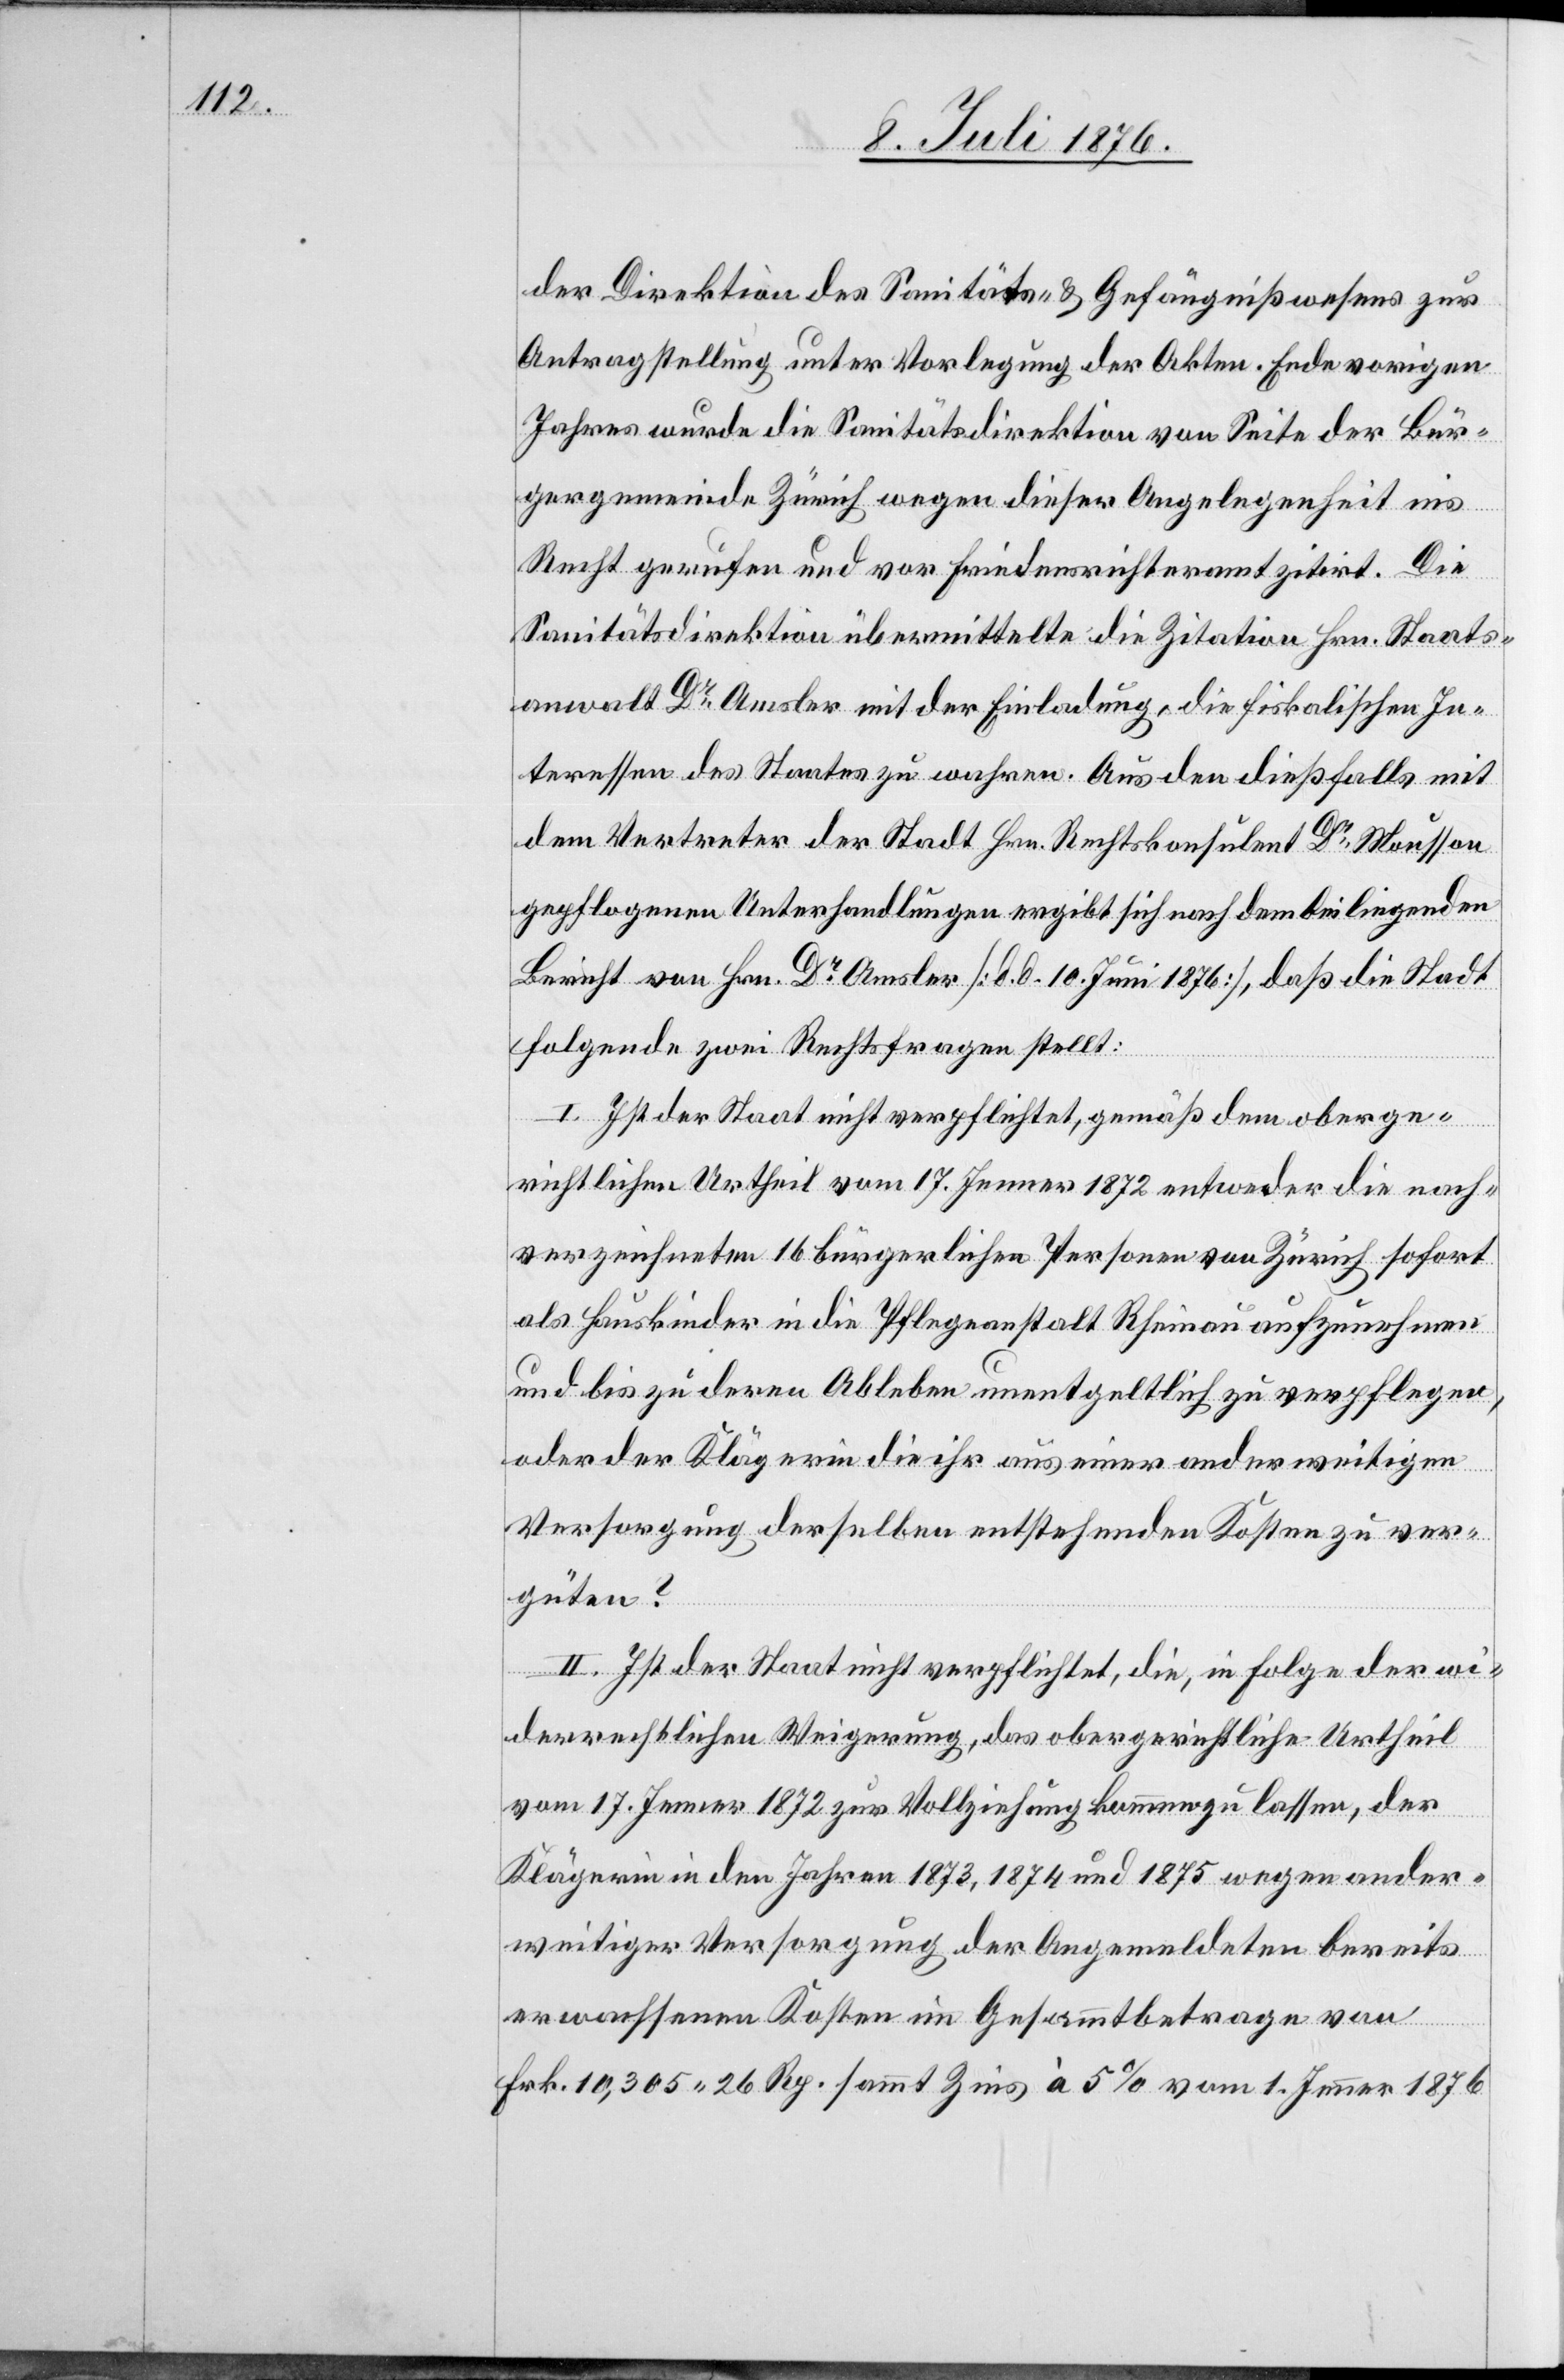
der Direktion des Sanitäts- & Gefängnißwesens zur
Antragstellung unter Vorlegung der Akten. Ende vorigen
Jahres wurde die Sanitätsdirektion von Seite der Bür¬
gergemeinde Zürich wegen dieser Angelegenheit ins
Recht gerufen und vor Friedensrichteramt zitirt. Die
Sanitätsdirektion übermittelte die Zitation Hrn. Staats¬
anwalt Dr Amsler mit der Einladung, die fiskalischen In¬
teressen des Staates zu wahren. Aus den dießfalls mit
dem Vertreter der Stadt Hrn. Rechtskonsulent Dr Mousson
gepflogenen Unterhandlungen ergibt sich nach dem beiliegenden
Bericht von Hrn. Dr Amsler [d. d. 10. Juni 1876], daß die Stadt
folgende zwei Rechtsfragen stellt:
I. Ist der Staat nicht verpflichtet, gemäß dem oberge¬
richtlichen Urtheil vom 17. Jenner 1872 entweder die nach¬
verzeichneten 16 bürgerlichen Personen von Zürich sofort
als Hauskinder in die Pflegeanstalt Rheinau aufzunehmen
und bis zu deren Ableben unentgeltlich zu verpflegen,
oder der Klägerin die ihr aus einer anderweitigen
Versorgung derselben entstehenden Kosten zu ver¬
güten?
II. Ist der Staat nicht verpflichtet, die, in Folge der wi¬
derrechtlichen Weigerung, das obergerichtliche Urtheil
vom 17. Jenner 1872 zur Vollziehung kommen zu lassen, der
Klägerin in den Jahren 1873, 1874 und 1875 wegen ander¬
weitiger Versorgung der Angemeldeten bereits
erwachsenen Kosten im Gesammtbetrage von
Frk. 10,305 26 Rp. sammt Zins à 5 % vom 1. Jenner 1876